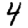
Digit: 4